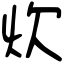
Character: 炊